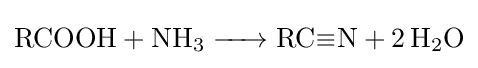
{\ce {RCOOH + NH3 -> RC#N + 2 H2O}}